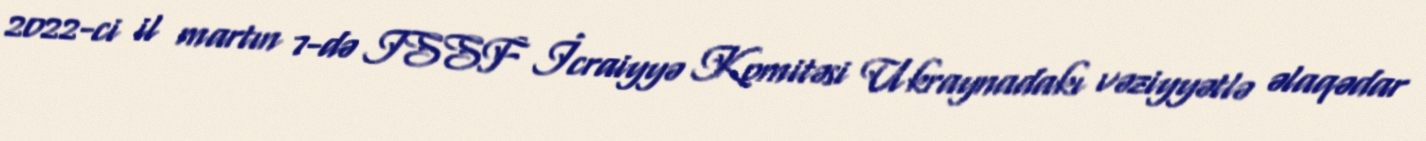
2022-ci il martın 7-də ISSF İcraiyyə Komitəsi Ukraynadakı vəziyyətlə əlaqədar